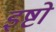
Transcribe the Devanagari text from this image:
इष्टो